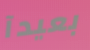
بعيدآ